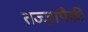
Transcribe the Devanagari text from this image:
तज्‍ज्ञांपैकी